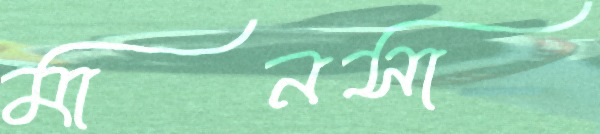
মানসা